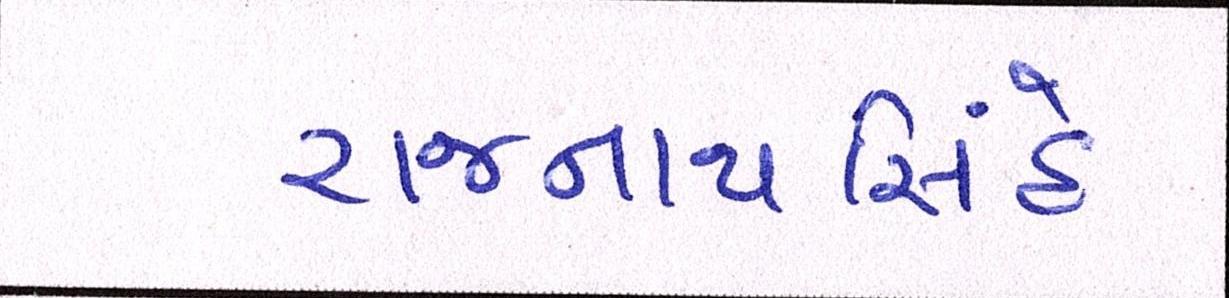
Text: રાજનાથસિંહે